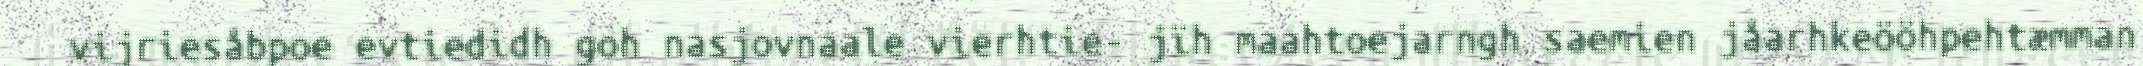
vijriesåbpoe evtiedidh goh nasjovnaale vierhtie- jïh maahtoejarngh saemien jåarhkeööhpehtæmman